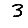
Digit: 3